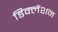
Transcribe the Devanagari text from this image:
डिक्लेंशन